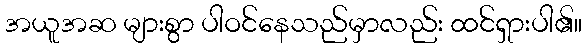
အယူအဆ များစွာ ပါဝင်နေသည်မှာလည်း ထင်ရှားပါ၏။